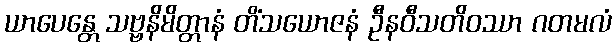
ယာပေန္တေ သဗ္ဗနိမိတ္တာနံ တိံသယောဇနံ ဦနဝီသတိဝဿာ ဂတမလံ